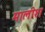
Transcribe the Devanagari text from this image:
मालीश